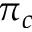
\pi _ { c }